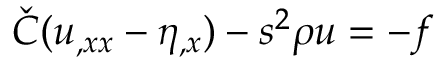
\, \, \check { C } ( u _ { , x x } - \eta _ { , x } ) - s ^ { 2 } \rho u = - f